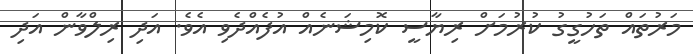
މަރުތައް ތަހުގީގު ކުރުމަށް ރިޔާސީ ކޮމިޝަނެއް އުފެއްދެވި އެވެ. އަދި ރިލްވާން އަދި